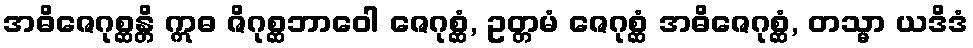
အဓိဇေဂုစ္ဆန္တိ ဣဓ ဇိဂုစ္ဆဘာဝေါ ဇေဂုစ္ဆံ, ဥတ္တမံ ဇေဂုစ္ဆံ အဓိဇေဂုစ္ဆံ, တသ္မာ ယဒိဒံ